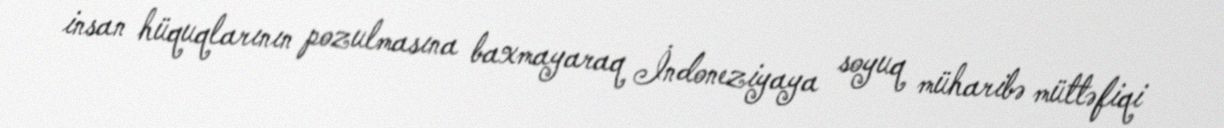
insan hüquqlarının pozulmasına baxmayaraq İndoneziyaya soyuq müharibə müttəfiqi